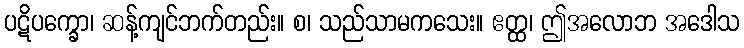
ပဋိပက္ခော၊ ဆန့်ကျင်ဘက်တည်း။ စ၊ သည်သာမကသေး။ ဧတ္ထ၊ ဤအလောဘ အဒေါသ